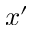
x ^ { \prime }